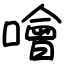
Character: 噲